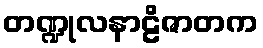
တဏ္ဍုလနာဠိဇာတက